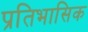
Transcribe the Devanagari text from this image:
प्रतिभासिक